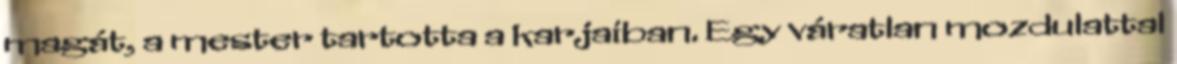
magát, a mester tartotta a karjaiban. Egy váratlan mozdulattal